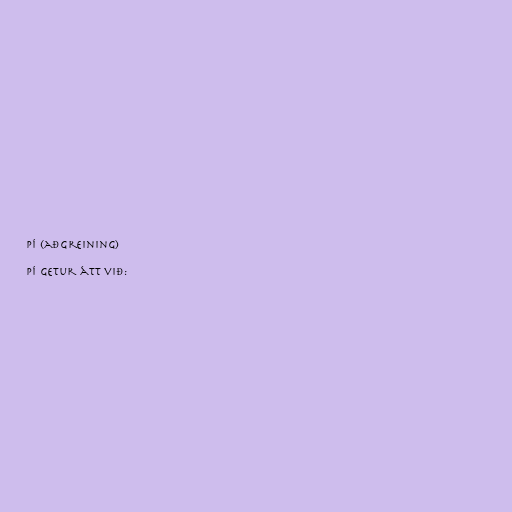
Pí (aðgreining)

Pí getur átt við: